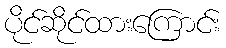
ပိုင်ဆိုင်ထားကြောင်း